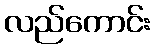
လည်ကောင်း